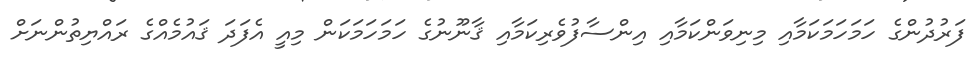
ފަރުދުންގެ ހަމަހަމަކަމާއި މިނިވަންކަމާއި އިންސާފުވެރިކަމާއި ޤާނޫނުގެ ހަމަހަމަކަން މިއީ އެފަދަ ޤައުމެއްގެ ރައްޔިތުންނަށް